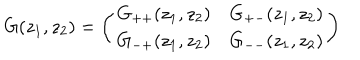
G ( z _ { 1 } , z _ { 2 } ) = \left( \begin{array} { l l } { { G _ { + + } ( z _ { 1 } , z _ { 2 } ) } } & { { G _ { + - } ( z _ { 1 } , z _ { 2 } ) } } \\ { { G _ { - + } ( z _ { 1 } , z _ { 2 } ) } } & { { G _ { -- } ( z _ { 1 } , z _ { 2 } ) } } \\ \end{array} \right)